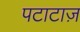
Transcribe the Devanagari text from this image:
पटाटाज़